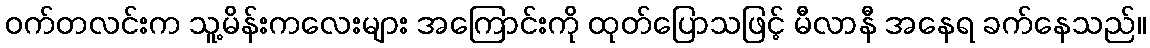
ဝက်တလင်းက သူ့မိန်းကလေးများ အကြောင်းကို ထုတ်ပြောသဖြင့် မီလာနီ အနေရ ခက်နေသည်။